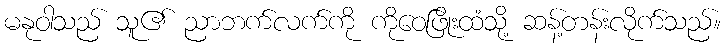
မနုဝါသည် သူ၏ ညာဘက်လက်ကို ကိုဝေဖြိုးထံသို့ ဆန့်တန်းလိုက်သည်။